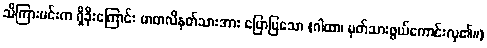
သိကြားမင်းက ရှိခိုးကြောင်း မာတလိနတ်သားအား ပြောပြသော (ဂါထာ၊ မှတ်သားဖွယ်ကောင်းလှ၏။)